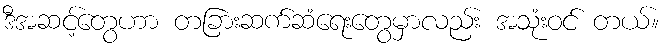
ဒီအဆင့်တွေဟာ တခြားဆက်ဆံရေးတွေမှာလည်း အသုံးဝင် တယ်။